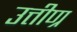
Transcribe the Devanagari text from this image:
उत्तीण्र